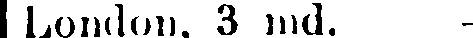
London, 3 md. -